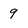
Character: 9